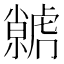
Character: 𮓭